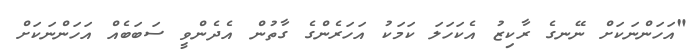
"އަހަންނަކަށް ނޭނގެ ރާކިޒު އެކަހަލަ ކަމަކު އަހަރެންގެ ގާތުން އެދެންވީ ސަބަބެއް އަހަންނަކަށް